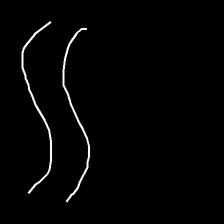
Glyph: float